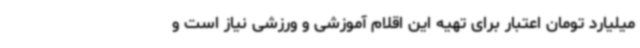
میلیارد تومان اعتبار برای تهیه این اقلام آموزشی و ورزشی نیاز است و